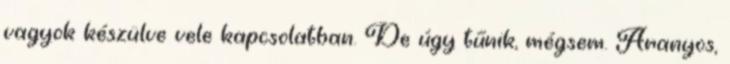
vagyok készülve vele kapcsolatban. De úgy tűnik, mégsem. Aranyos,